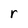
Character: r